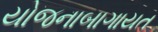
યોજનાબાગાયત